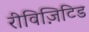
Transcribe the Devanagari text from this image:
रीविज़िटिड